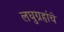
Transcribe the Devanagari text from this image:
लघुग्रहांचे